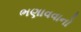
ભણાવવાનો